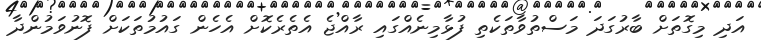
އަދި މިގޮތަށް ބާރުގަދަ މަސްތުވާތަކެތި ފުޅާމިނެއްގައި ރާއްޖެ އެތެރެކޮށް އެހެން ގައުމުތަކަށް ފޮނުވަމުންދާ